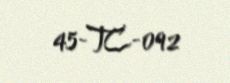
45-TC-092